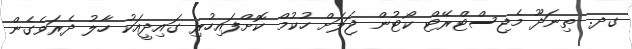
ގދ. ތިނަދޫ މެޖިސްޓްރޭޓް ކޯޓުން ޖަލަށް ހުކުމް ކޮށްފައިހުރި ގައިދީއަކު ހާލު ދެރަވެގެން